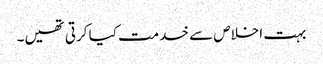
بہت اخلاص سے خدمت کیا کرتی تھیں۔